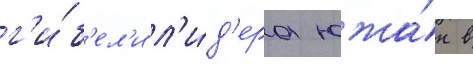
г'и́б'ел'и л'и́д'ера южа́н в